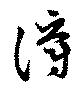
灂